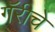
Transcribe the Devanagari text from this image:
गॅरीचे